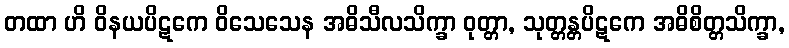
တထာ ဟိ ဝိနယပိဋကေ ဝိသေသေန အဓိသီလသိက္ခာ ဝုတ္တာ, သုတ္တန္တပိဋကေ အဓိစိတ္တသိက္ခာ,